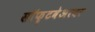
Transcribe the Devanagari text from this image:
सॉफ़्टवेअरवर